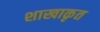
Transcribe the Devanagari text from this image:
शाखाकृत